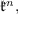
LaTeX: { \mathfrak { k } } ^ { n } ,